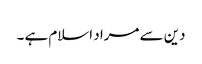
دین سے مراد اسلام ہے ۔